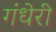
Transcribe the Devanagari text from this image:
गंधेरी